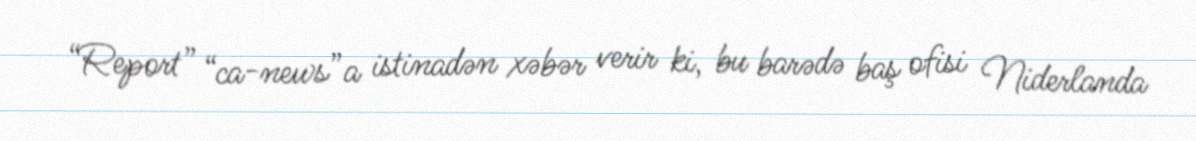
“Report” “ca-news”a istinadən xəbər verir ki, bu barədə baş ofisi Niderlanda